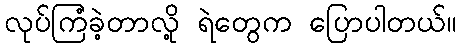
လုပ်ကြံခဲ့တာလို့ ရဲတွေက ပြောပါတယ်။